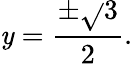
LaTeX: \mathit{y}={\frac{{\pm{\sqrt{}{{3}}}}}{{2}}}.